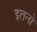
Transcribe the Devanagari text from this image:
इतनो